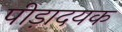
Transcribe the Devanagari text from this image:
पीड़ादयक